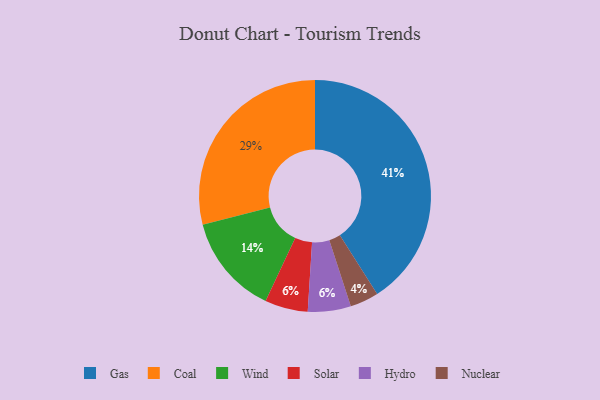
{"axis": {"x": "Category", "y": "Percentage"}, "legend": ["Coal", "Gas", "Hydro", "Nuclear", "Solar", "Wind"], "data": [{"x": "Gas", "y": 41, "type": "Gas"}, {"x": "Coal", "y": 29, "type": "Coal"}, {"x": "Solar", "y": 6, "type": "Solar"}, {"x": "Hydro", "y": 6, "type": "Hydro"}, {"x": "Nuclear", "y": 4, "type": "Nuclear"}, {"x": "Wind", "y": 14, "type": "Wind"}]}